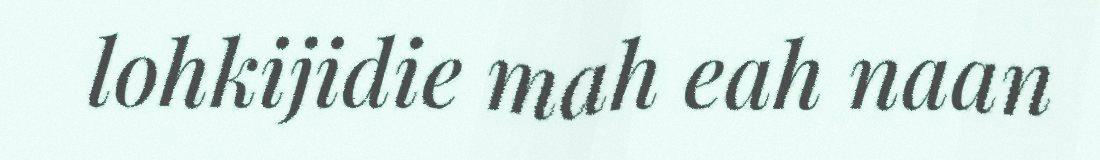
lohkijidie mah eah naan